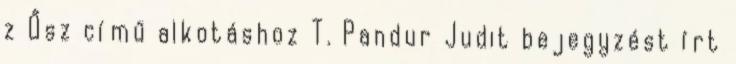
z Ősz című alkotáshoz T. Pandur Judit bejegyzést írt